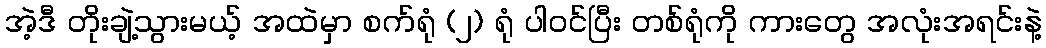
အဲ့ဒီ တိုးချဲ့သွားမယ့် အထဲမှာ စက်ရုံ (၂) ရုံ ပါဝင်ပြီး တစ်ရုံကို ကားတွေ အလုံးအရင်းနဲ့